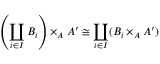
\left( \coprod _ { i \in I } B _ { i } \right) \times _ { A } A ^ { \prime } \cong \coprod _ { i \in I } ( B _ { i } \times _ { A } A ^ { \prime } )